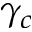
\gamma _ { c }